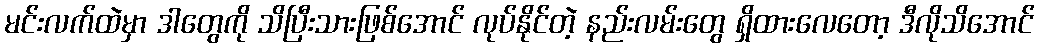
မင်းလက်ထဲမှာ ဒါတွေကို သိပြီးသားဖြစ်အောင် လုပ်နိုင်တဲ့ နည်းလမ်းတွေ ရှိထားလေတော့ ဒီလိုသိအောင်